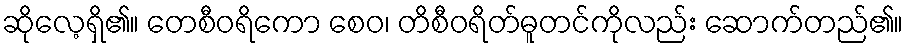
ဆိုလေ့ရှိ၏။ တေစီဝရိကော စေဝ၊ တိစီဝရိတ်ဓူတင်ကိုလည်း ဆောက်တည်၏။